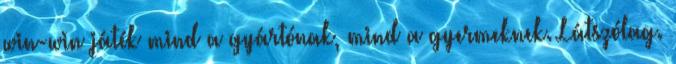
win-win játék mind a gyártónak, mind a gyermeknek. Látszólag.